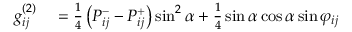
\begin{array} { r l } { \small g _ { i j } ^ { ( 2 ) } } & { { } = \frac { 1 } { 4 } \left( P _ { i j } ^ { - } - P _ { i j } ^ { + } \right) \sin ^ { 2 } \alpha + \frac { 1 } { 4 } \sin \alpha \cos \alpha \sin \varphi _ { i j } } \end{array}